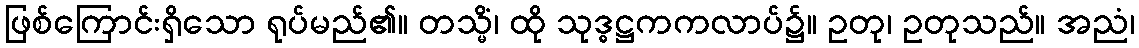
ဖြစ်ကြောင်းရှိသော ရုပ်မည်၏။ တသ္မိံ၊ ထို သုဒ္ဓဋ္ဌကကလာပ်၌။ ဥတု၊ ဥတုသည်။ အညံ၊